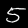
Label: 5